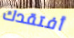
أفتقدك